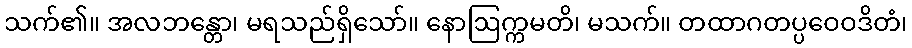
သက်၏။ အလဘန္တော၊ မရသည်ရှိသော်။ နောဩက္ကမတိ၊ မသက်။ တထာဂတပ္ပဝေဝဒိတံ၊